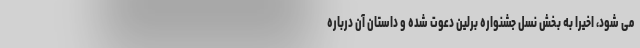
می شود، اخیرا به بخش نسل جشنواره برلین دعوت شده و داستان آن درباره